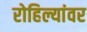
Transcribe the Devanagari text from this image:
रोहिल्यांवर